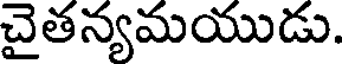
చైతన్యమయుడు.